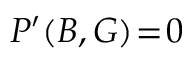
P ^ { \prime } ( B , G ) \! = \! 0